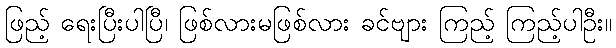
ဖြည့် ရေးပြီးပါပြီ၊ ဖြစ်လားမဖြစ်လား ခင်ဗျား ကြည့် ကြည့်ပါဦး။